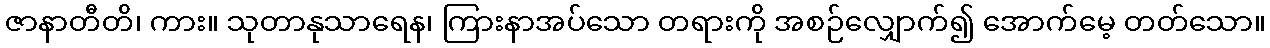
ဇာနာတီတိ၊ ကား။ သုတာနုသာရေန၊ ကြားနာအပ်သော တရားကို အစဉ်လျှောက်၍ အောက်မေ့ တတ်သော။